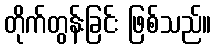
တိုက်တွန်းခြင်း ဖြစ်သည်။